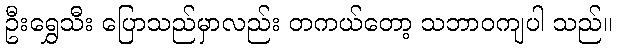
ဦးရွှေသီး ပြောသည်မှာလည်း တကယ်တော့ သဘာဝကျပါ သည်။